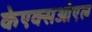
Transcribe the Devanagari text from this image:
केएक्सओएल